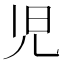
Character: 児